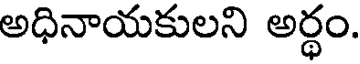
అధినాయకులని అర్ధం.